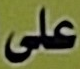
على